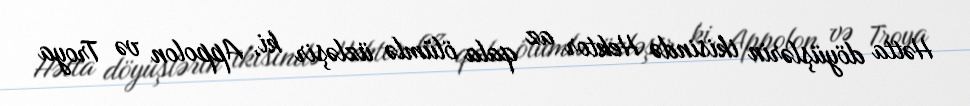
Hətta döyüşlərin ikisində Hektor az qala ölümlə üzləşir ki, Appolon və Troya